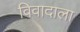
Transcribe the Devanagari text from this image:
विवादाला